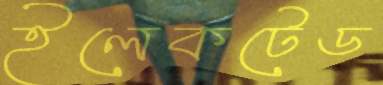
ইলেকটেড